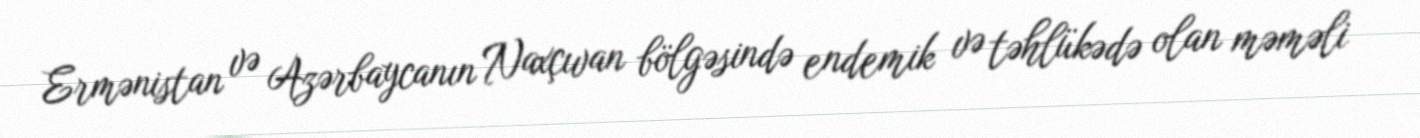
Ermənistan və Azərbaycanın Naxçıvan bölgəsində endemik və təhlükədə olan məməli